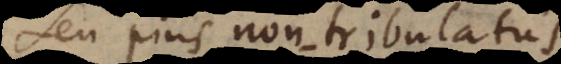
Seu pius non tribulatus